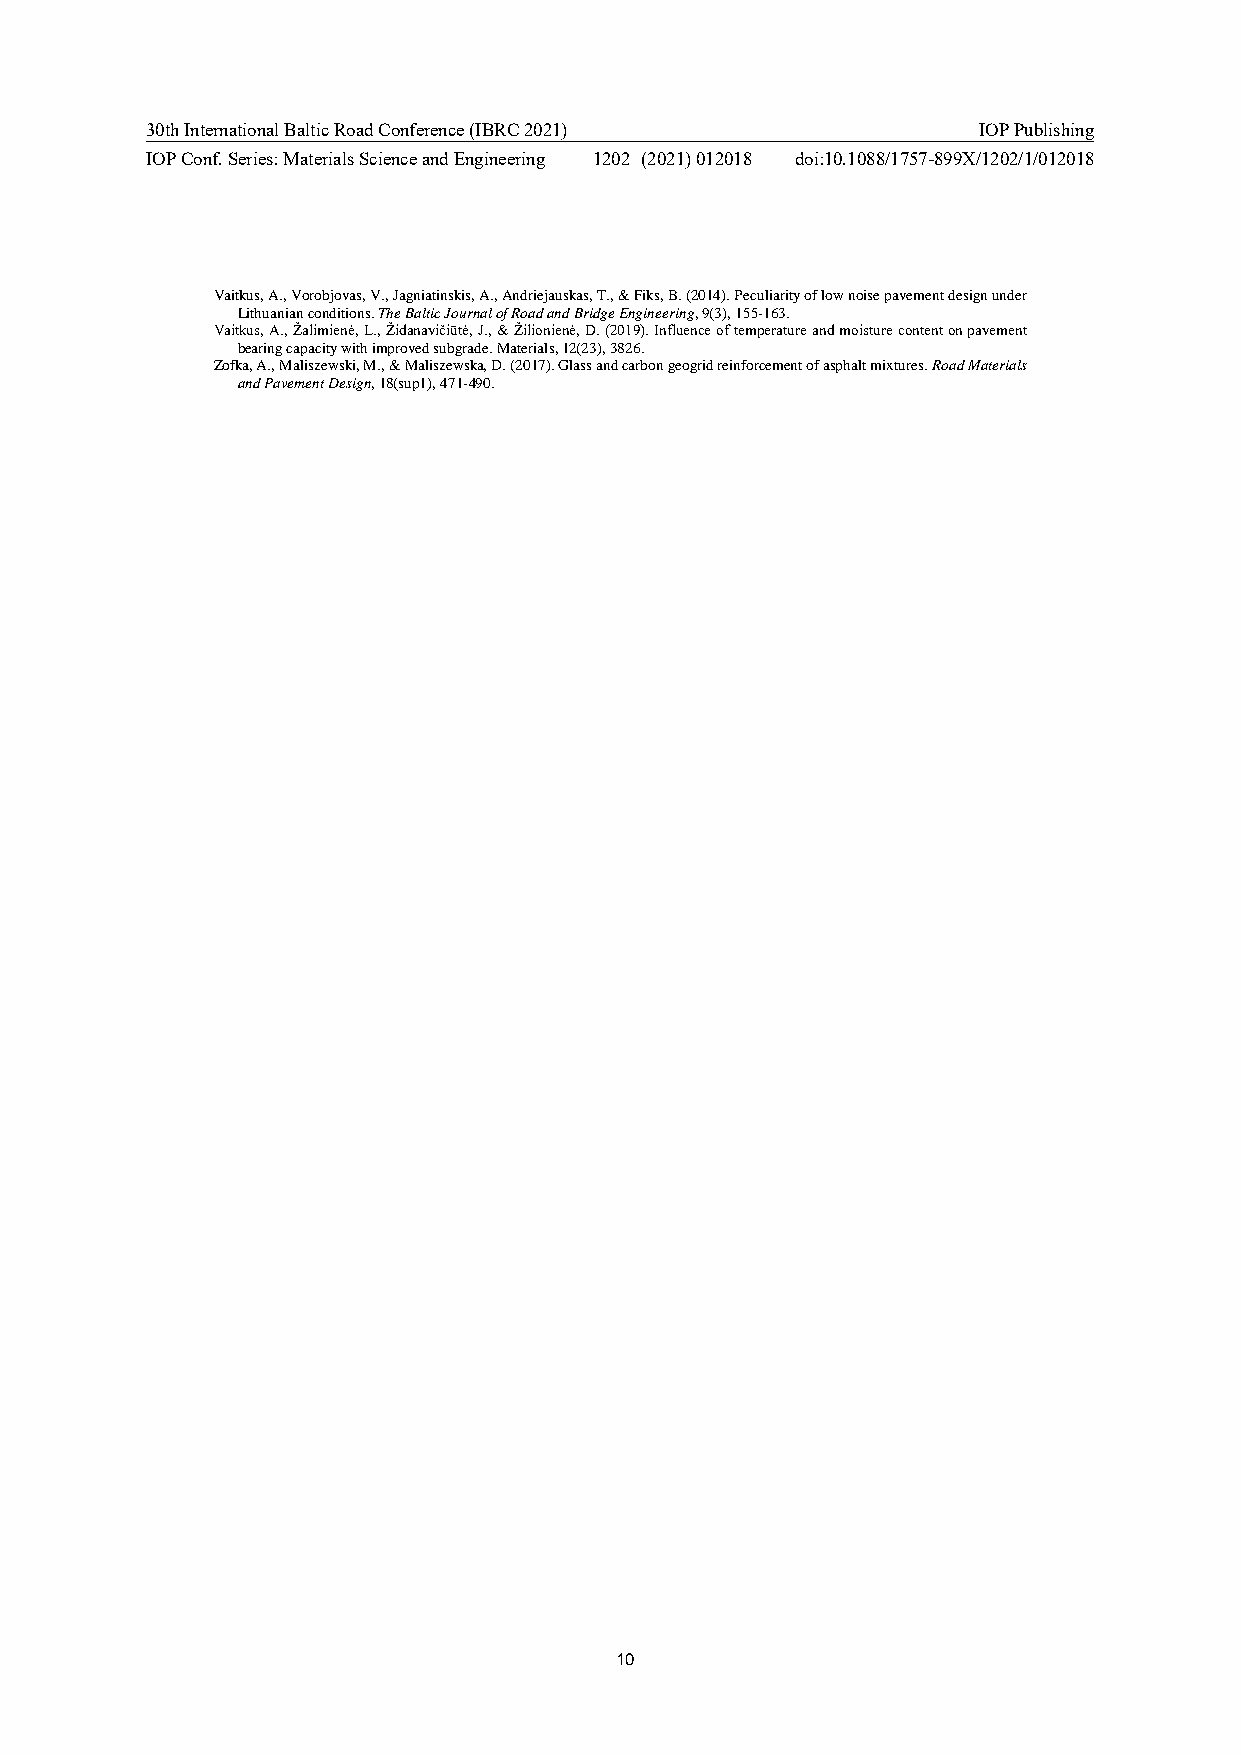
30th International Baltic Road Conference (IBRC 2021)  IOP Publishing
 IOP Conf. Series: Materials Science and Engineering 1202 (2021) 012018 doi:10.1088/1757-899X/1202/1/012018
 Vaitkus, A., Vorobjovas, V., Jagniatinskis, A., Andriejauskas, T., & Fiks, B. (2014). Peculiarity of low noise pavement design under
 Lithuanian conditions. The Baltic Journal of Road and Bridge Engineering, 9(3), 155-163.
 Vaitkus, A., Žalimienė, L., Židanavičiūtė, J., & Žilionienė, D. (2019). Influence of temperature and moisture content on pavement
 bearing capacity with improved subgrade. Materials, 12(23), 3826.
 Zofka, A., Maliszewski, M., & Maliszewska, D. (2017). Glass and carbon geogrid reinforcement of asphalt mixtures. Road Materials
 and Pavement Design, 18(sup1), 471-490.
 10